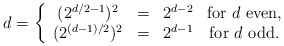
\begin{align*}d=\left\{\begin{array}{cccc}( 2^{d/2-1})^2 & = & 2^{d-2} &\mbox{for $d$ even,}\\(2^{(d-1)/2})^2 & = & 2^{d-1} & \mbox{for $d$ odd}.\end{array}\right.\end{align*}